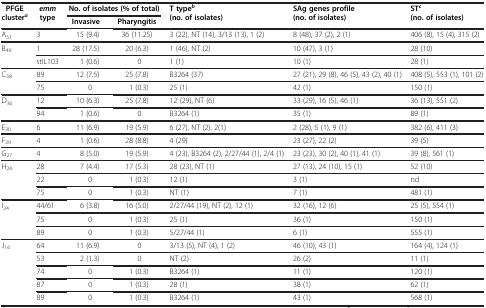
<table><thead><tr><td rowspan="2"><b>PFGE cluster<sup><i>a</i></sup></b></td><td rowspan="2"><b><i>emm</i>type</b></td><td colspan="2"><b>No. of isolates (% of total)</b></td><td rowspan="2"><b>T type<sup><i>b</i></sup>(no. of isolates)</b></td><td rowspan="2"><b>SAg genes profile (no. of isolates)</b></td><td rowspan="2"><b>ST<sup><i>c</i></sup>(no. of isolates)</b></td></tr><tr><td><b>Invasive</b></td><td><b>Pharyngitis</b></td></tr></thead><tbody><tr><td>A<sub>51</sub></td><td>3</td><td>15 (9.4)</td><td>36 (11.25)</td><td>3 (22), NT (14), 3/13 (13), 1 (2)</td><td>8 (48), 37 (2), 2 (1)</td><td>406 (8), 15 (4), 315 (2)</td></tr><tr><td rowspan="2">B<sub>49</sub></td><td>1</td><td>28 (17.5)</td><td>20 (6.3)</td><td>1 (46), NT (2)</td><td>10 (47), 3 (1)</td><td>28 (10)</td></tr><tr><td>stIL103</td><td>1 (0.6)</td><td>0</td><td>1 (1)</td><td>10 (1)</td><td>28 (1)</td></tr><tr><td rowspan="2">C<sub>38</sub></td><td>89</td><td>12 (7.5)</td><td>25 (7.8)</td><td>B3264 (37)</td><td>27 (21), 29 (8), 46 (5), 43 (2), 40 (1)</td><td>408 (5), 553 (1), 101 (2)</td></tr><tr><td>75</td><td>0</td><td>1 (0.3)</td><td>25 (1)</td><td>42 (1)</td><td>150 (1)</td></tr><tr><td rowspan="2">D<sub>36</sub></td><td>12</td><td>10 (6.3)</td><td>25 (7.8)</td><td>12 (29), NT (6)</td><td>33 (29), 16 (5), 46 (1)</td><td>36 (13), 551 (2)</td></tr><tr><td>94</td><td>1 (0.6)</td><td>0</td><td>B3264 (1)</td><td>35 (1)</td><td>89 (1)</td></tr><tr><td>E<sub>30</sub></td><td>6</td><td>11 (6.9)</td><td>19 (5.9)</td><td>6 (27), NT (2), 2(1)</td><td>2 (28), 5 (1), 9 (1)</td><td>382 (6), 411 (3)</td></tr><tr><td>F<sub>29</sub></td><td>4</td><td>1 (0.6)</td><td>28 (8.8)</td><td>4 (29)</td><td>23 (27), 22 (2)</td><td>39 (5)</td></tr><tr><td>G<sub>27</sub></td><td>4</td><td>8 (5.0)</td><td>19 (5.9)</td><td>4 (23), B3264 (2), 2/27/44 (1), 2/4 (1)</td><td>23 (23), 30 (2), 40 (1), 41 (1)</td><td>39 (8), 561 (1)</td></tr><tr><td rowspan="3">H<sub>26</sub></td><td>28</td><td>7 (4.4)</td><td>17 (5.3)</td><td>28 (23), NT (1)</td><td>27 (13), 24 (10), 15 (1)</td><td>52 (10)</td></tr><tr><td>22</td><td>0</td><td>1 (0.3)</td><td>12 (1)</td><td>3 (1)</td><td>nd</td></tr><tr><td>75</td><td>0</td><td>1 (0.3)</td><td>NT (1)</td><td>7 (1)</td><td>481 (1)</td></tr><tr><td rowspan="3">I<sub>24</sub></td><td>44/61</td><td>6 (3.8)</td><td>16 (5.0)</td><td>2/27/44 (19), NT (2), 12 (1)</td><td>32 (16), 12 (6)</td><td>25 (5), 554 (1)</td></tr><tr><td>75</td><td>0</td><td>1 (0.3)</td><td>25 (1)</td><td>36 (1)</td><td>150 (1)</td></tr><tr><td>89</td><td>0</td><td>1 (0.3)</td><td>5/27/44 (1)</td><td>6 (1)</td><td>555 (1)</td></tr><tr><td rowspan="5">J<sub>16</sub></td><td>64</td><td>11 (6.9)</td><td>0</td><td>3/13 (5), NT (4), 1 (2)</td><td>46 (10), 43 (1)</td><td>164 (4), 124 (1)</td></tr><tr><td>53</td><td>2 (1.3)</td><td>0</td><td>NT (2)</td><td>26 (2)</td><td>11 (1)</td></tr><tr><td>74</td><td>0</td><td>1 (0.3)</td><td>B3264 (1)</td><td>11 (1)</td><td>120 (1)</td></tr><tr><td>87</td><td>0</td><td>1 (0.3)</td><td>28 (1)</td><td>38 (1)</td><td>62 (1)</td></tr><tr><td>89</td><td>0</td><td>1 (0.3)</td><td>B3264 (1)</td><td>43 (1)</td><td>568 (1)</td></tr></tbody></table>